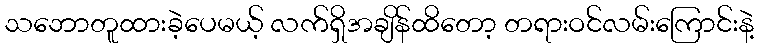
သဘောတူထားခဲ့ပေမယ့် လက်ရှိအချိန်ထိတော့ တရားဝင်လမ်းကြောင်းနဲ့